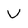
Character: v